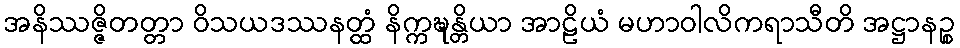
အနိဿဇ္ဇိတတ္တာ ဝိသယဒဿနတ္ထံ နိက္ကဍ္ဎန္တိယာ အာဠိယံ မဟာဝါလိကရာသီတိ အဋ္ဌာနဉ္စ